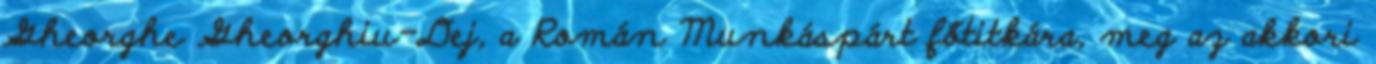
Gheorghe Gheorghiu-Dej, a Román Munkáspárt főtitkára, meg az akkori